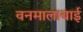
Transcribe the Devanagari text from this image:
वनमालाबाई